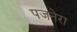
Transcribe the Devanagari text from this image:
पजनेरा